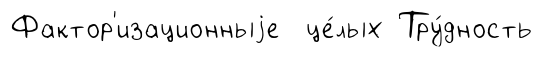
Фактор'изационныjе це́лых Тру́дность